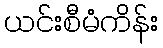
ယင်းစီမံကိန်း